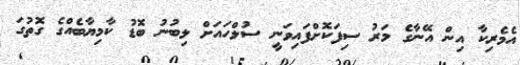
އެމެރިކާ އިން އޭނާގެ މަރު ސިފަކޮށްފައިވަނީ ސުލްހައަށް ލިބުނު ބޮޑު ކާމިޔާބެއްގެ ގޮތުގަ